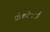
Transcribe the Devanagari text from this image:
टोकरेचाई